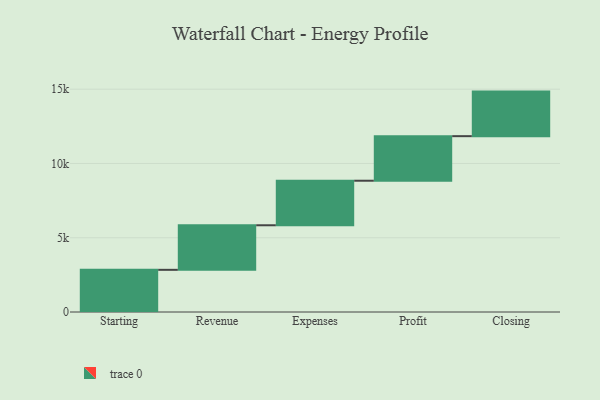
{"axis": {"x": "Step", "y": "Value"}, "legend": [""], "data": [{"x": "Starting", "y": 2839.0, "type": ""}, {"x": "Revenue", "y": 3000, "type": ""}, {"x": "Expenses", "y": 3000, "type": ""}, {"x": "Profit", "y": 3000, "type": ""}, {"x": "Closing", "y": 3000, "type": ""}]}